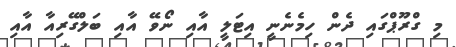
މި ގްރޫޕްގައި ދެން ހިމެނެނީ އިޓަލީ އާއި ނޯވޭ އާއި ބަލްގޭރިއާ އާއި